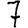
Digit: 7